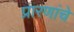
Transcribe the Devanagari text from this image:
प्रारणांचे